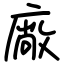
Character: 廠